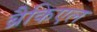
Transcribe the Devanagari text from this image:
ब्रैकिएल